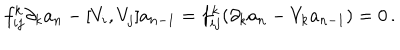
LaTeX: f _ { i j } ^ { k } \partial _ { k } a _ { n } - [ V _ { i } , V _ { j } ] a _ { n - 1 } = f _ { i j } ^ { k } ( \partial _ { k } a _ { n } - V _ { k } a _ { n - 1 } ) = 0 \, .